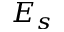
E _ { s }